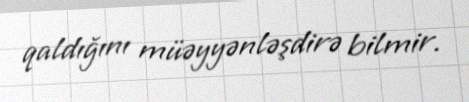
qaldığını müəyyənləşdirə bilmir.